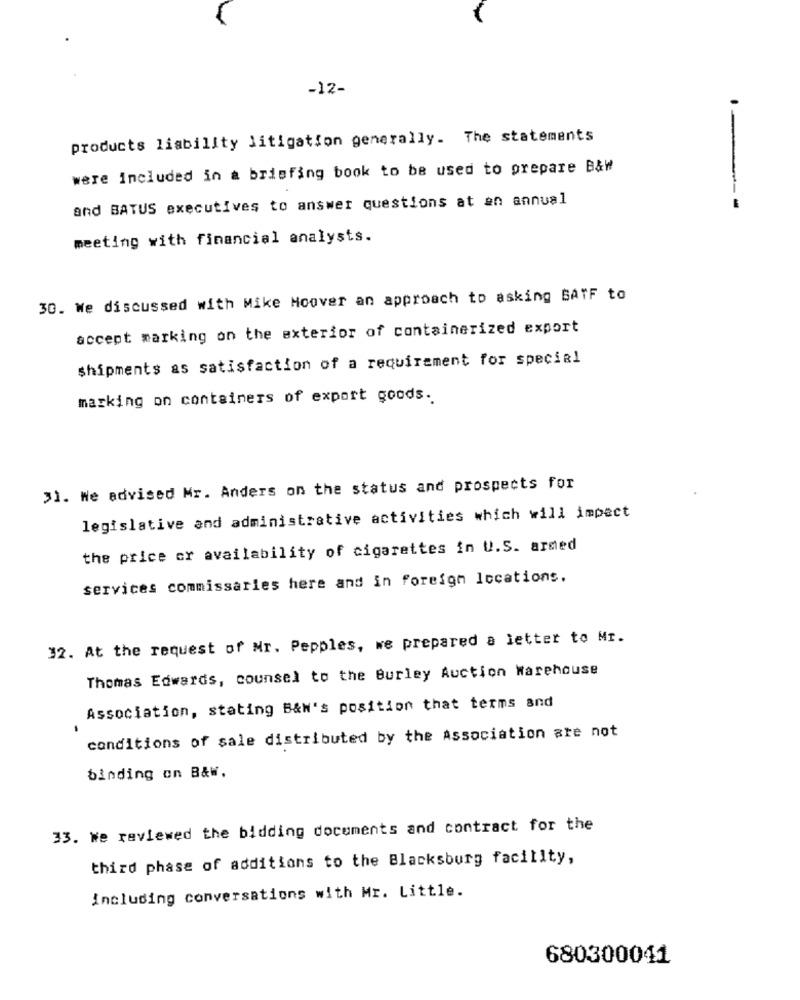
-12-
products liability litigation generally. The statements
were included in a briefing book to be used to prepare B&W
and BATUS executives to answer questions at an annual
---
meeting with financial analysts.
30. We discussed with Mike Hoover an approach to asking BATF to
accept marking on the exterior of containerized export
shipments as satisfaction of a requirement for special
marking on containers of export goods.
31. We advised Mr. Anders on the status and prospects for
legislative and administrative activities which will impect
the price or availability of cigarettes in U.S. armed
services commissaries here and in foreign locations.
32. At the request of Nr. Pepples, we prepared a letter to Mr.
Thomas Edwards, counsel to the Burley Auction Warehouse
Association, stating B&W's position that terms and
conditions of sale distributed by the Association are not
binding on B&W,
33. We reviewed the bidding documents and contract for the
third phase of additions to the Blacksburg facility,
including conversations with Mr. Little.
680300041